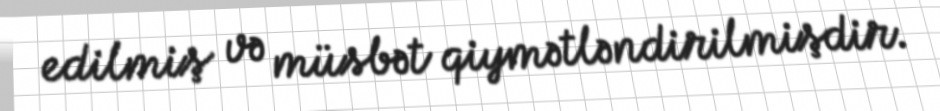
edilmiş və müsbət qiymətləndirilmişdir.